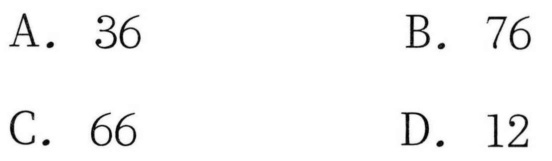
A. \(36\)  \(\quad\) B. \(76\)
C. \(66\)  \(\quad\) D. \(12\)